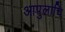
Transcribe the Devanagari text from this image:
आपुलाचि